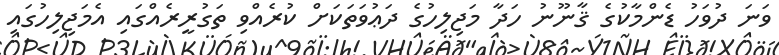
ވަނަ ދުވަހު ޑެންމާކުގެ ޤާނޫނު ހަދާ މަޖިލިހުގެ ދަޢުވަތަކަށް ކުރެއްވި ތަގުރީރެއްގައި އެމަޖިލިހުގައި